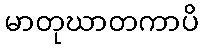
မာတုဃာတကာပိ